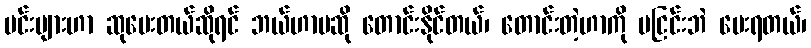
မင်းများဟာ ဆုပေးတယ်ဆိုရင် ဘယ်ဟာမဆို တောင်းနိုင်တယ်၊ တောင်းတဲ့ဟာကို မငြင်းဘဲ ပေးရတယ်၊